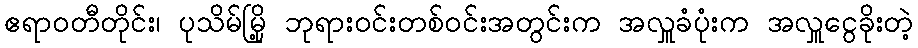
ဧရာဝတီတိုင်း၊ ပုသိမ်မြို့ ဘုရားဝင်းတစ်ဝင်းအတွင်းက အလှူခံပုံးက အလှူငွေခိုးတဲ့